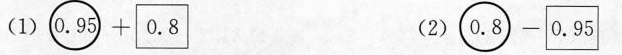
(1)0.95+0.8(2)0.8-0.95